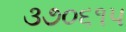
૩૭૦૬૧૫